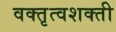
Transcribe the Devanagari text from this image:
वक्तृत्वशक्ती